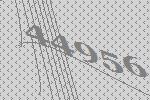
44956